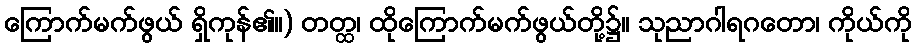
ကြောက်မက်ဖွယ် ရှိကုန်၏။) တတ္ထ၊ ထိုကြောက်မက်ဖွယ်တို့၌။ သုညာဂါရဂတော၊ ကိုယ်ကို